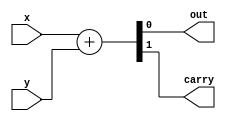
`timescale 1ns / 1ps

module half_adder(
    input  wire x,
    input  wire y,
    output wire out,
    output wire carry
    );

`ifndef simple_logic

assign {carry, out} = x + y;

`else

assign carry = x && y;
assign out   = x ^^ y;

`endif

endmodule